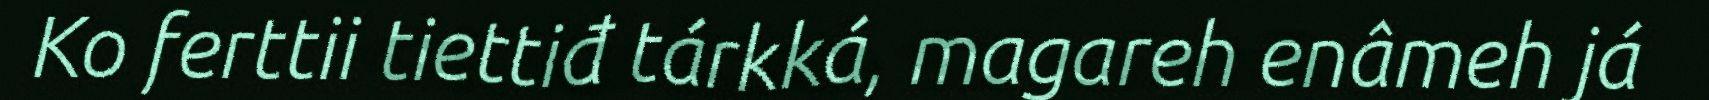
Ko ferttii tiettiđ tárkká, magareh enâmeh já